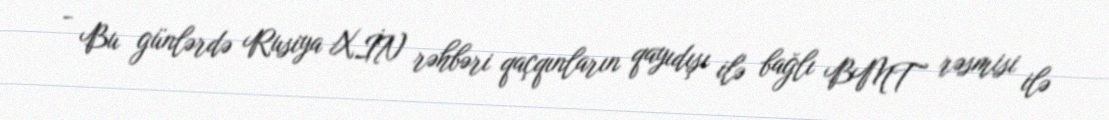
- Bu günlərdə Rusiya XİN rəhbəri qaçqınların qayıdışı ilə bağlı BMT rəsmisi ilə